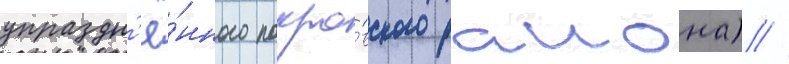
упраздн'ё́нного покро́вского раиона) //